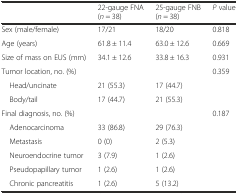
<table><thead><tr><td></td><td><b>22-gauge FNA (<i>n</i> = 38)</b></td><td><b>25-gauge FNB (<i>n</i> = 38)</b></td><td><b><i>P</i> value</b></td></tr></thead><tbody><tr><td>Sex (male/female)</td><td>17/21</td><td>18/20</td><td>0.818</td></tr><tr><td>Age (years)</td><td>61.8 ± 11.4</td><td>63.0 ± 12.6</td><td>0.669</td></tr><tr><td>Size of mass on EUS (mm)</td><td>34.1 ± 12.6</td><td>33.8 ± 16.3</td><td>0.931</td></tr><tr><td>Tumor location, no. (%)</td><td></td><td></td><td>0.359</td></tr><tr><td> Head/uncinate</td><td>21 (55.3)</td><td>17 (44.7)</td><td></td></tr><tr><td> Body/tail</td><td>17 (44.7)</td><td>21 (55.3)</td><td></td></tr><tr><td>Final diagnosis, no. (%)</td><td></td><td></td><td>0.187</td></tr><tr><td> Adenocarcinoma</td><td>33 (86.8)</td><td>29 (76.3)</td><td></td></tr><tr><td> Metastasis</td><td>0 (0)</td><td>2 (5.3)</td><td></td></tr><tr><td> Neuroendocrine tumor</td><td>3 (7.9)</td><td>1 (2.6)</td><td></td></tr><tr><td> Pseudopapillary tumor</td><td>1 (2.6)</td><td>1 (2.6)</td><td></td></tr><tr><td> Chronic pancreatitis</td><td>1 (2.6)</td><td>5 (13.2)</td><td></td></tr></tbody></table>